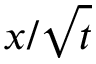
x / \sqrt { t }